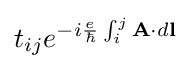
t_{ij}e^{-i{\frac {e}{\hbar }}\int _{i}^{j}\mathbf {A} \cdot d\mathbf {l} }